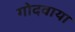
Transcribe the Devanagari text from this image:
गोदवाया